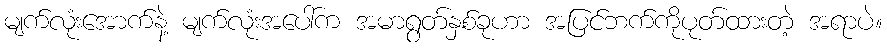
မျက်လုံးအောက်နဲ့ မျက်လုံးအပေါ်က အမာရွတ်နှစ်ခုဟာ အပြင်ဘက်ကိုပုတ်ထားတဲ့ အရာပဲ။